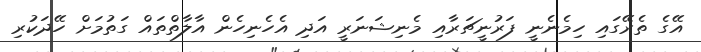
އޭގެ ތެރޭގައި ހިމެނެނީ ފަރުނީޗަރާއި މެނިޝަނަރީ އަދި އެހެނިހެން އާލާތްތައް ގަތުމަށް ހޭދަކުރި